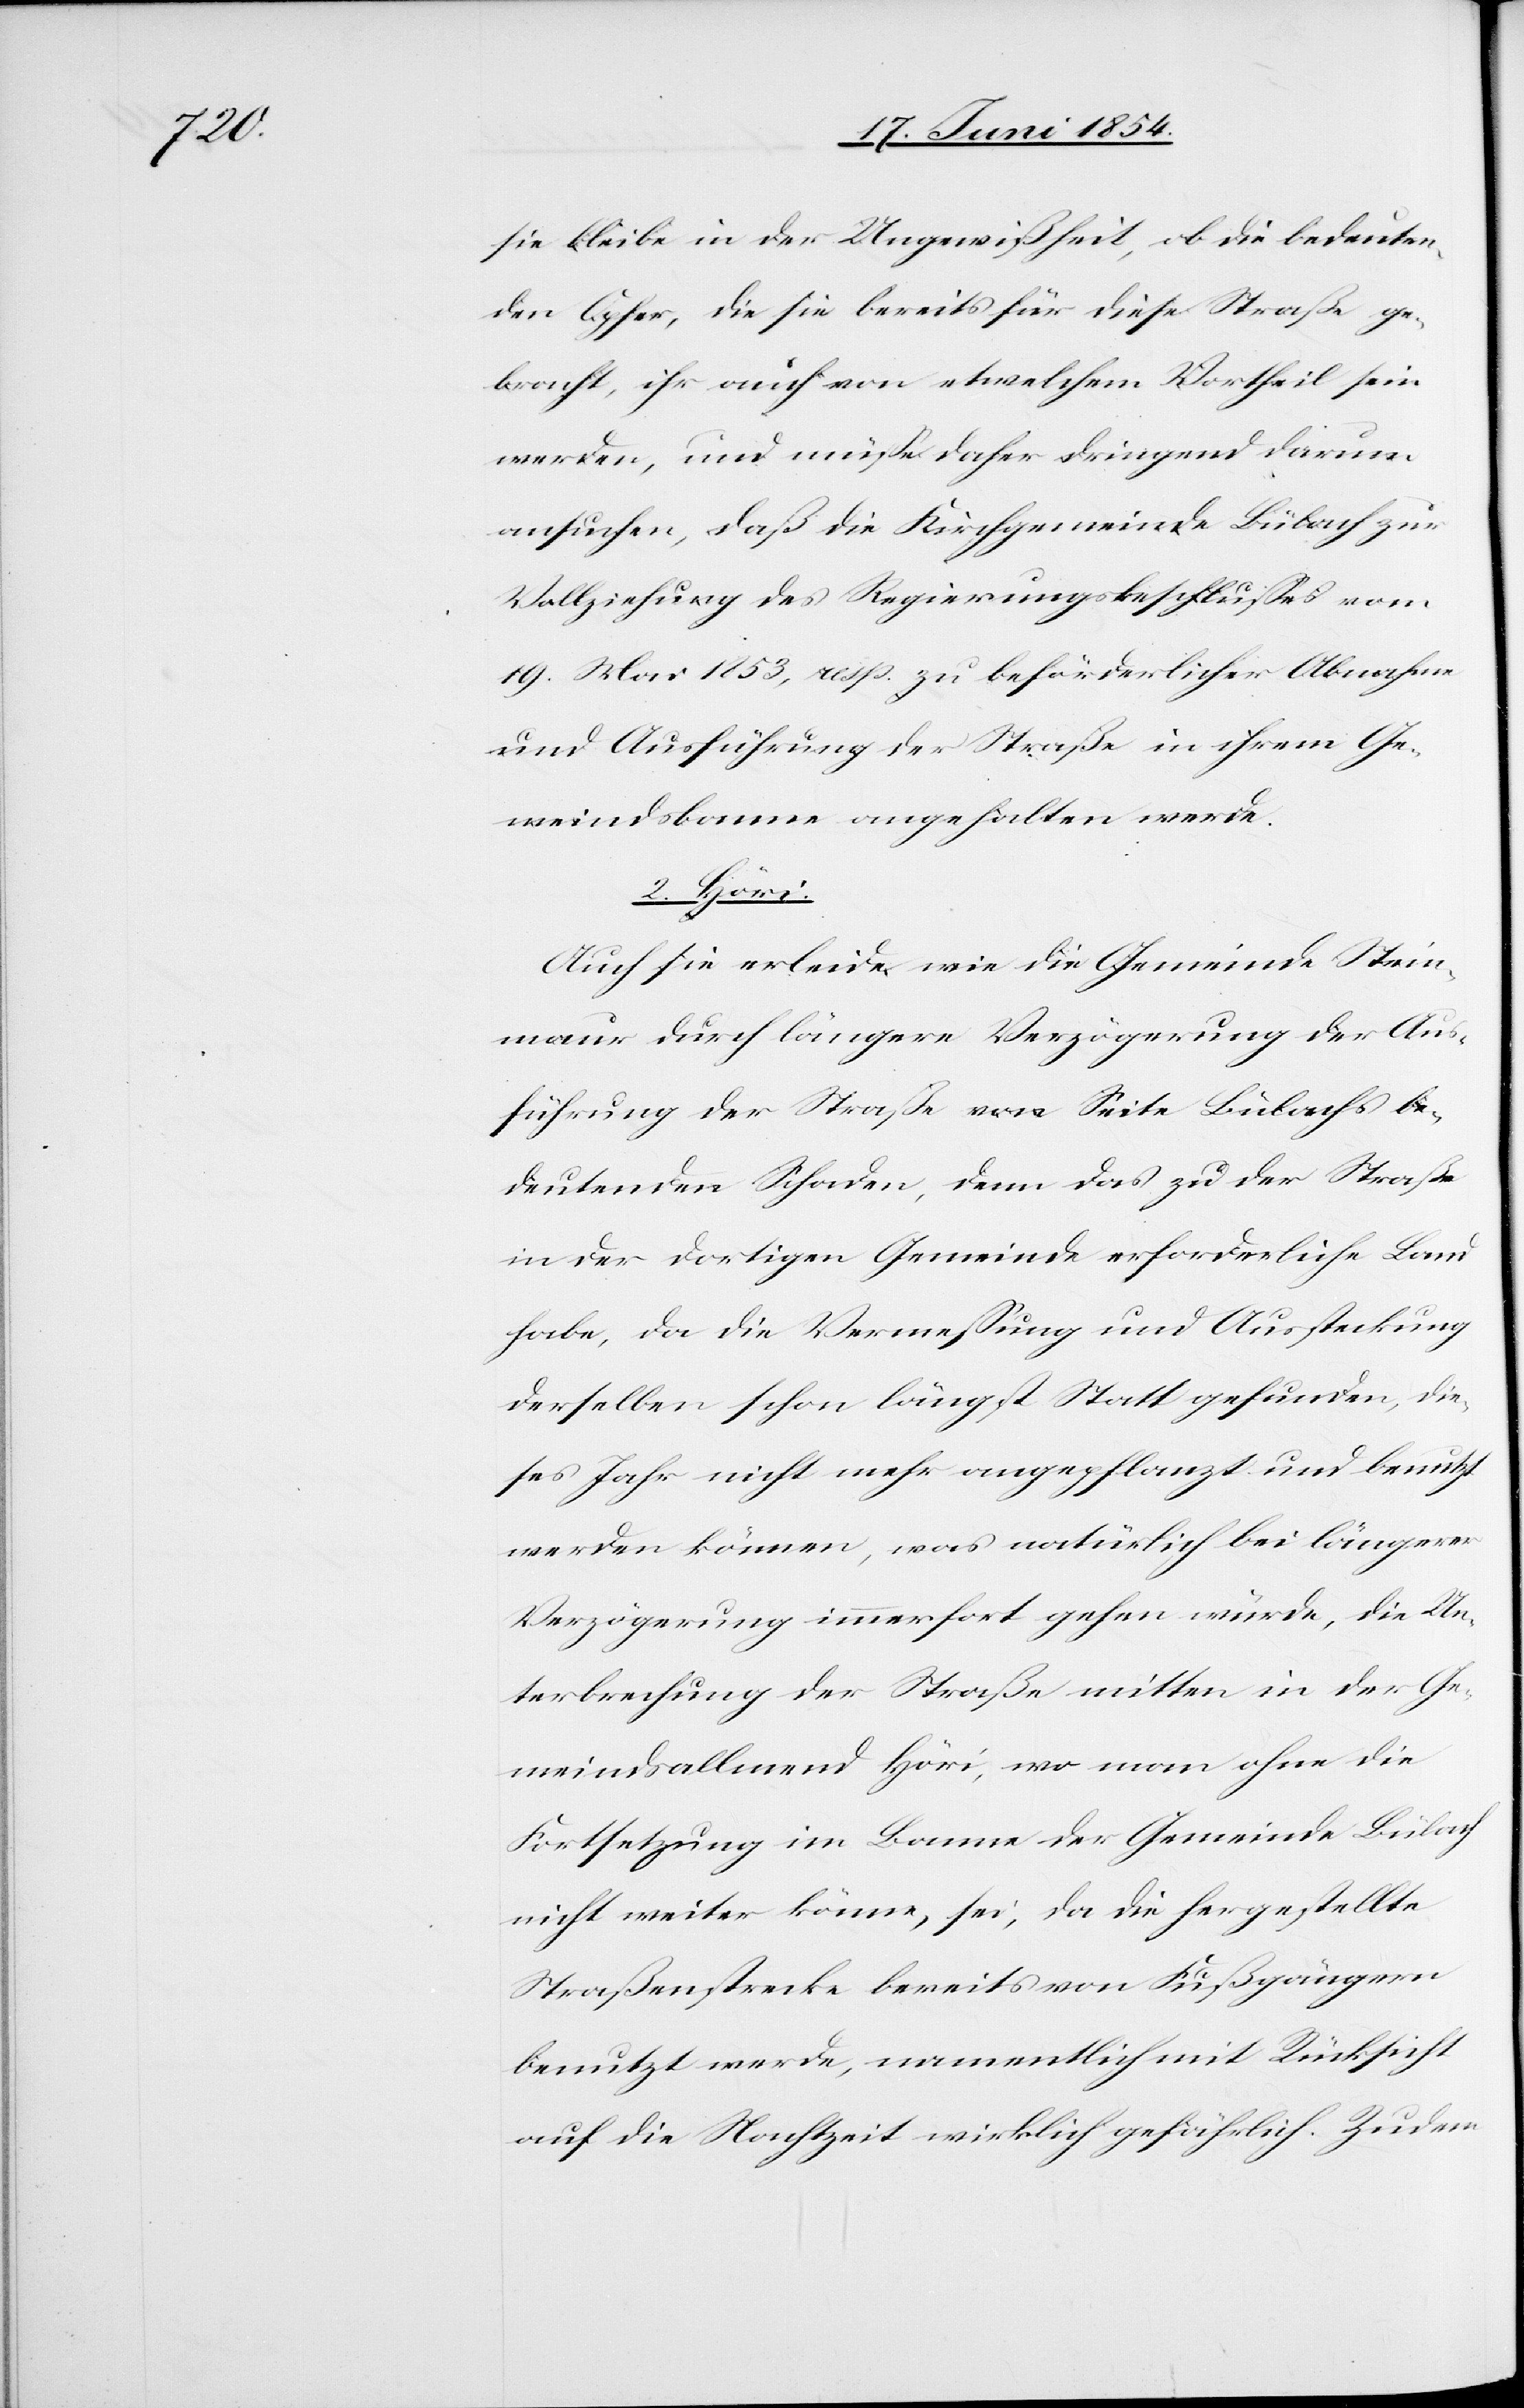
sie bleibe in der Ungewißheit, ob die bedeuten¬
den Opfer, die sie bereits für diese Straße ge¬
bracht, ihr auch von etwelchem Vortheil sein
werden, und müße daher dringend darum
ansuchen, daß die Kirchgemeinde Bülach zur
Vollziehung des Regierungsbeschlußes vom
19. Mai 1853, resp. zu beförderlicher Abnahme
und Ausführung der Straße in ihrem Ge¬
meindsbanne angehalten werde.
2. Höri:
Auch sie erleide wie die Gemeinde Stein¬
maur durch längere Verzögerung der Aus¬
führung der Straße von Seite Bülachs be¬
deutenden Schaden, denn das zu der Straße
in der dortigen Gemeinde erforderliche Land
habe, da die Vermeßung und Aussteckung
derselben schon längst Statt gefunden, die¬
ses Jahr nicht mehr angepflanzt und benutzt
werden können, was natürlich bei längerer
Verzögerung immerfort gehen würde, die Un¬
terbrechung der Straße mitten in der Ge¬
meindsallmend Höri, wo man ohne die
Fortsetzung im Banne der Gemeinde Bülach
nicht weiter könne, sei, da die hergestellte
Straßenstrecke bereits von Fußgängern
benutzt werde, namentlich mit Rücksicht
auf die Nachtzeit wirklich gefährlich. Zudem